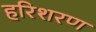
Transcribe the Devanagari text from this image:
हरिशरण